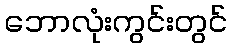
ဘောလုံးကွင်းတွင်